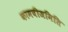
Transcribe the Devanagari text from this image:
कामबीजमिति